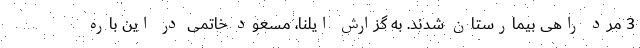
3 مرد راهی بیمارستان شدند. به گزارش ایلنا، مسعود خاتمی در این باره